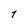
Character: 1